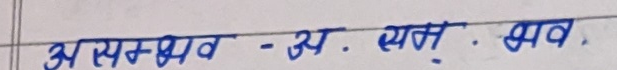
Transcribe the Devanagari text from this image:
असम्भव - अ. सम्भव.